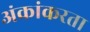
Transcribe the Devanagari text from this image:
अंकांकरता